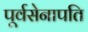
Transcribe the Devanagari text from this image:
पूर्वसेनापति